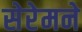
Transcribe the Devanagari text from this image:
सेरेमने